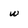
Character: w